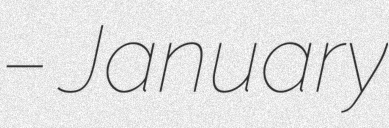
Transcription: – January